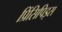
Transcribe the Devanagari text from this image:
प्रिंसिपिइस